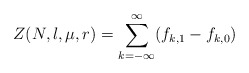
\begin{align*}Z(N,l,\mu,r)=\sum_{k=-\infty}^\infty (f_{k,1}-f_{k,0})\end{align*}